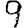
Digit: 9